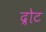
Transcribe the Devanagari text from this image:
द्रोट